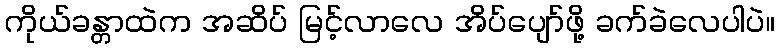
ကိုယ်ခန္တာထဲက အဆိပ် မြင့်လာလေ အိပ်ပျော်ဖို့ ခက်ခဲလေပါပဲ။